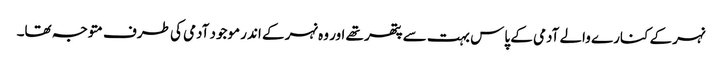
نہر کے کنارے والے آدمی کے پاس بہت سے پتھر تھے اور وہ نہر کے اندر موجود آدمی کی طرف متوجہ تھا۔